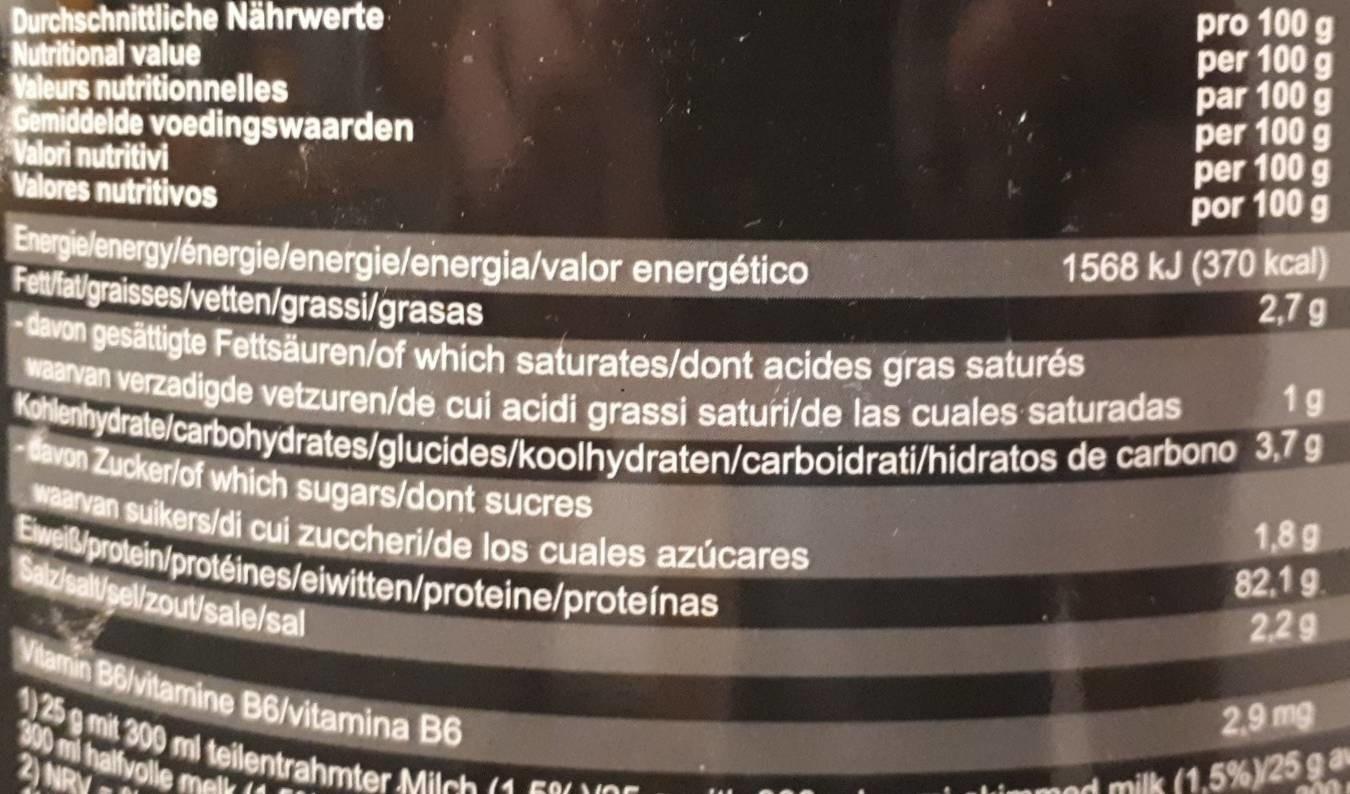
Durchschnittliche Nährwerte 125g mit 300 ml teilentrahmter Milch (1 68 VOr
pro 100 g per 100 g par 100 g per 100 g per 100 g por 100 g
Eweiliprotein/protéines/eiwitten/proteine/proteínas
Kohlenhydrate/carbohydrates/glucides/koolhydraten/carboidrati/hidratos de carbono 3,7 g
waarvan verzadigde vetzuren/de cui acidi grassi saturi/de las cuales saturadas
waarvan suikers/di cui zuccheri/de los cuales azúcares
Nutritional value Valeurs nutritionnelles Gemiddelde voedingswaarden Valori nutritivi Valores nutritivos
1568 kJ (370 kcal) 2,7 g
Energielenergylénergie/energie/energia/valor energético Fetfialgraisses/vetten/grassi/grasas davon gesättigte Fettsäuren/of which saturates/dont acides gras saturės
1g
-davon Zucker/of which sugars/dont sucres
1,8 g
Sazisalipel/zout/sale/sal
82.19 2.29
Viamin B6/vitamine B6/vitamina B6
2.9 mg
300 mil halfvolle melk 2) NRY
immod milk (1,5%)25 g a